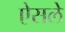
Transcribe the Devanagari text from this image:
ऐसले